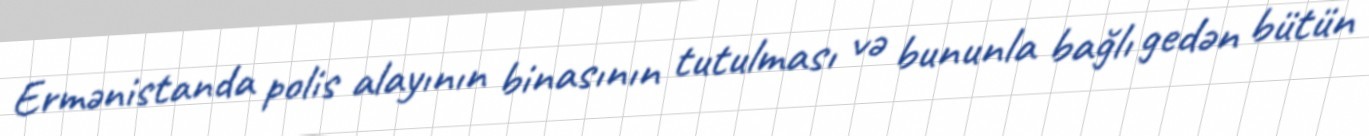
Ermənistanda polis alayının binasının tutulması və bununla bağlı gedən bütün